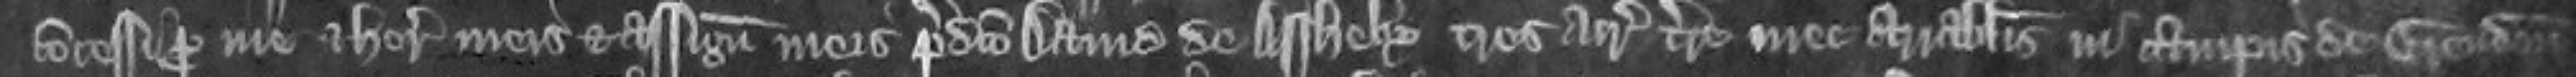
concessi pro me et heredibus meis et assignatis meis predicto David de Assheby tres acras terre mee arrabilis in campis de Grendon